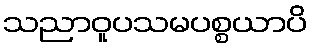
သညာဝူပသမပစ္စယာပိ